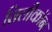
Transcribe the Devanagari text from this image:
सिलीकॉन